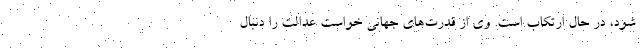
شود، در حال ارتکاب است. وی از قدرت‌های جهانی خواست عدالت را دنبال